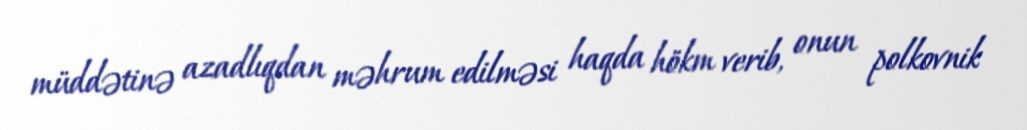
müddətinə azadlıqdan məhrum edilməsi haqda hökm verib, onun polkovnik